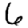
Digit: 6